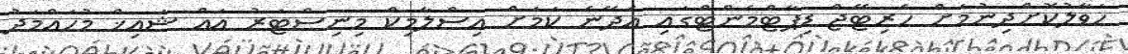
ހަވާލުކޮށްދިނުމަށް ހެރިޓޭޖް ޑިޕާޓްމެންޓްގައި އެދޭނެ ކަމަށް އިސްލާމިކް މިނިސްޓަރު އައް ޝައިޚް މުހައްމަދު